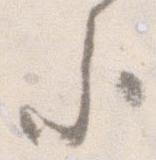
参